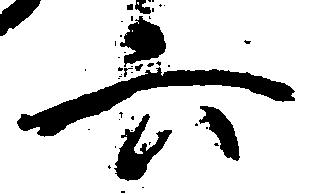
六